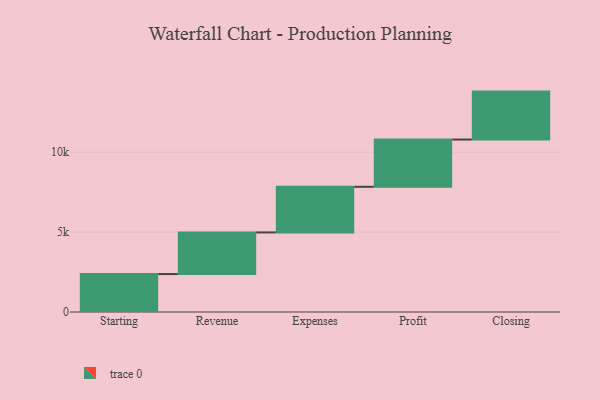
{"axis": {"x": "Step", "y": "Value"}, "legend": [""], "data": [{"x": "Starting", "y": 2373.0, "type": ""}, {"x": "Revenue", "y": 2606.0, "type": ""}, {"x": "Expenses", "y": 2855.0, "type": ""}, {"x": "Profit", "y": 2955.0, "type": ""}, {"x": "Closing", "y": 3000, "type": ""}]}